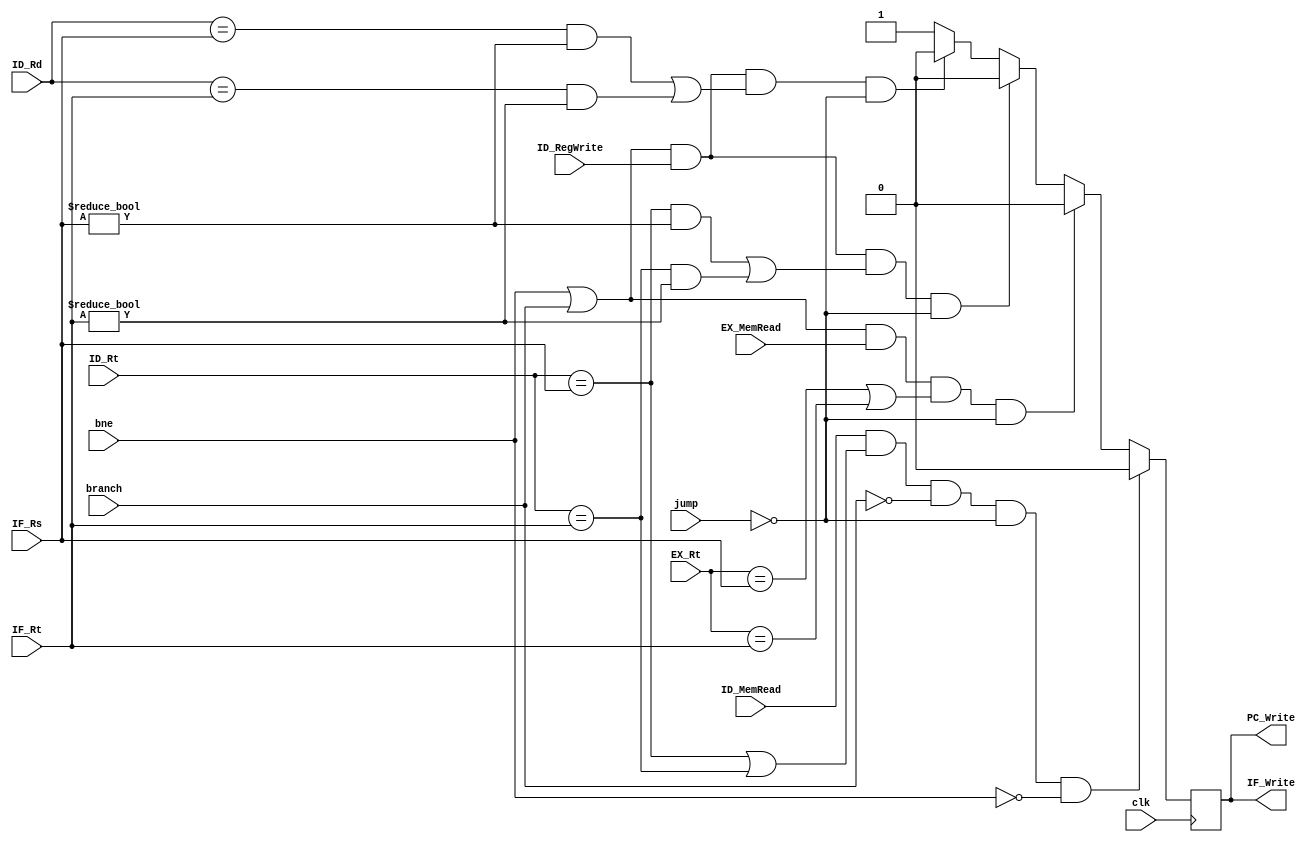
`timescale 1ns / 1ps


module HazardDtection(
   //input IF_instruction,
    input clk,
    input bne,
    input branch,
    input jump,
    input ID_MemRead,
    input ID_RegWrite,
    input EX_MemRead,
    input [4:0] EX_Rt,
    input [4:0] ID_Rt,
    input [4:0] ID_Rd,
    input [4:0] IF_Rs,
    input [4:0] IF_Rt,
    output IF_Write,
    output PC_Write
    //output Controlsrc
    );
	 
 reg PCtem;
       // reg Controltem;
        reg IFIDtem;
   
        initial begin
            PCtem<=1;
            //Controltem<=0;
            IFIDtem<=1;
        end
        
        
        always@(posedge clk)
        begin
        //load use hazard:lw $2,0($1);and $4,$2,$5  
        if (ID_MemRead && ((ID_Rt==IF_Rs) | (ID_Rt==IF_Rt))&&(branch==0)&&(jump==0)&&(bne==0))
        begin
            PCtem<=0;
          //  Controltem<=1;
            IFIDtem<=0;
        end
        //lw and not ajacent beq
        else if ((bne||branch) && EX_MemRead &&((EX_Rt==IF_Rs) | (EX_Rt==IF_Rt))&&(jump==0))
        begin
            PCtem<=0;
           // Controltem<=1;
            IFIDtem<=0;
        end
        //I/lw and adjacent beq
        else if((bne||branch) && ID_RegWrite&&  ((ID_Rt==IF_Rs&& IF_Rs!=0)|(ID_Rt==IF_Rt&& IF_Rt!=0))&&(jump==0))
        begin
            PCtem<=0;
           //Controltem=1;
            IFIDtem<=0;
        end
        // r-type and adjacent beq
        else if((bne||branch) && ID_RegWrite && ((ID_Rd==IF_Rs&&IF_Rs!=0)|(ID_Rd==IF_Rt&& IF_Rt!=0))&&(jump==0))
           begin
               PCtem<=0;
               //Controltem=1;
               IFIDtem<=0;
           end
        /*else if (jump)
        begin
            PCtem=1;
            Controltem=0;
            IFIDtem=1;
        end*/
        
        else
        begin
            PCtem<=1;
            IFIDtem<=1;
           //Controltem<=0;
        end
        
        
        
        end
        
        
        assign IF_Write=IFIDtem;
        assign PC_Write=PCtem;
        //assign Controlsrc=Controltem;
        
	 	 
	 	 
	 
endmodule